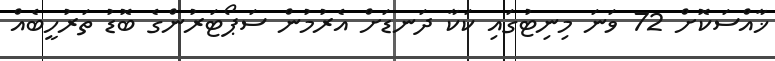
ޚާއްސަކޮށް 72 ވަނަ މިނިޓުގައި ކަކާ ދަނޑަށް އެރުމުން ސަޕޯޓަރުންގެ ބޮޑު ތަރުހީބެއް